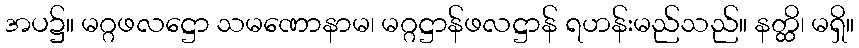
အပ၌။ မဂ္ဂဖလဋ္ဌော သမဏောနာမ၊ မဂ္ဂဋ္ဌာန်ဖလဋ္ဌာန် ရဟန်းမည်သည်။ နတ္ထိ၊ မရှိ။